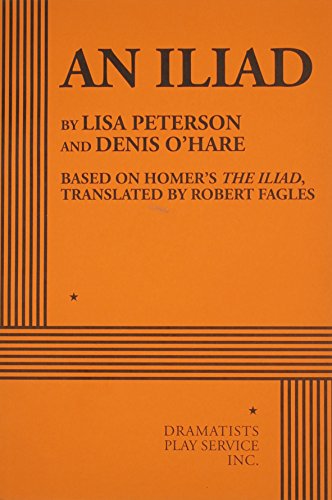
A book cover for An Iliad; Lisa Peterson; Literature & Fiction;